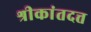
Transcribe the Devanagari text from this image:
श्रीकांतदत्त